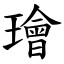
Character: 璯